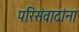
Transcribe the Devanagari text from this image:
परिसंवादांना